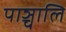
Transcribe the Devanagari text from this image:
पाञ्चालि